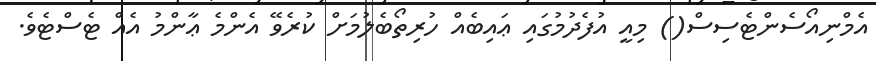
އެމްނިއޯސެންޓެސިސް() މިއީ އުފެދުމުގައި ޢައިބެއް ހުރިތޯބެލުމަށް ކުރެވޭ އެންމެ ޢާންމު އެއް ޓެސްޓެވެ.